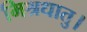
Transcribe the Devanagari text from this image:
मिश्रधातु।